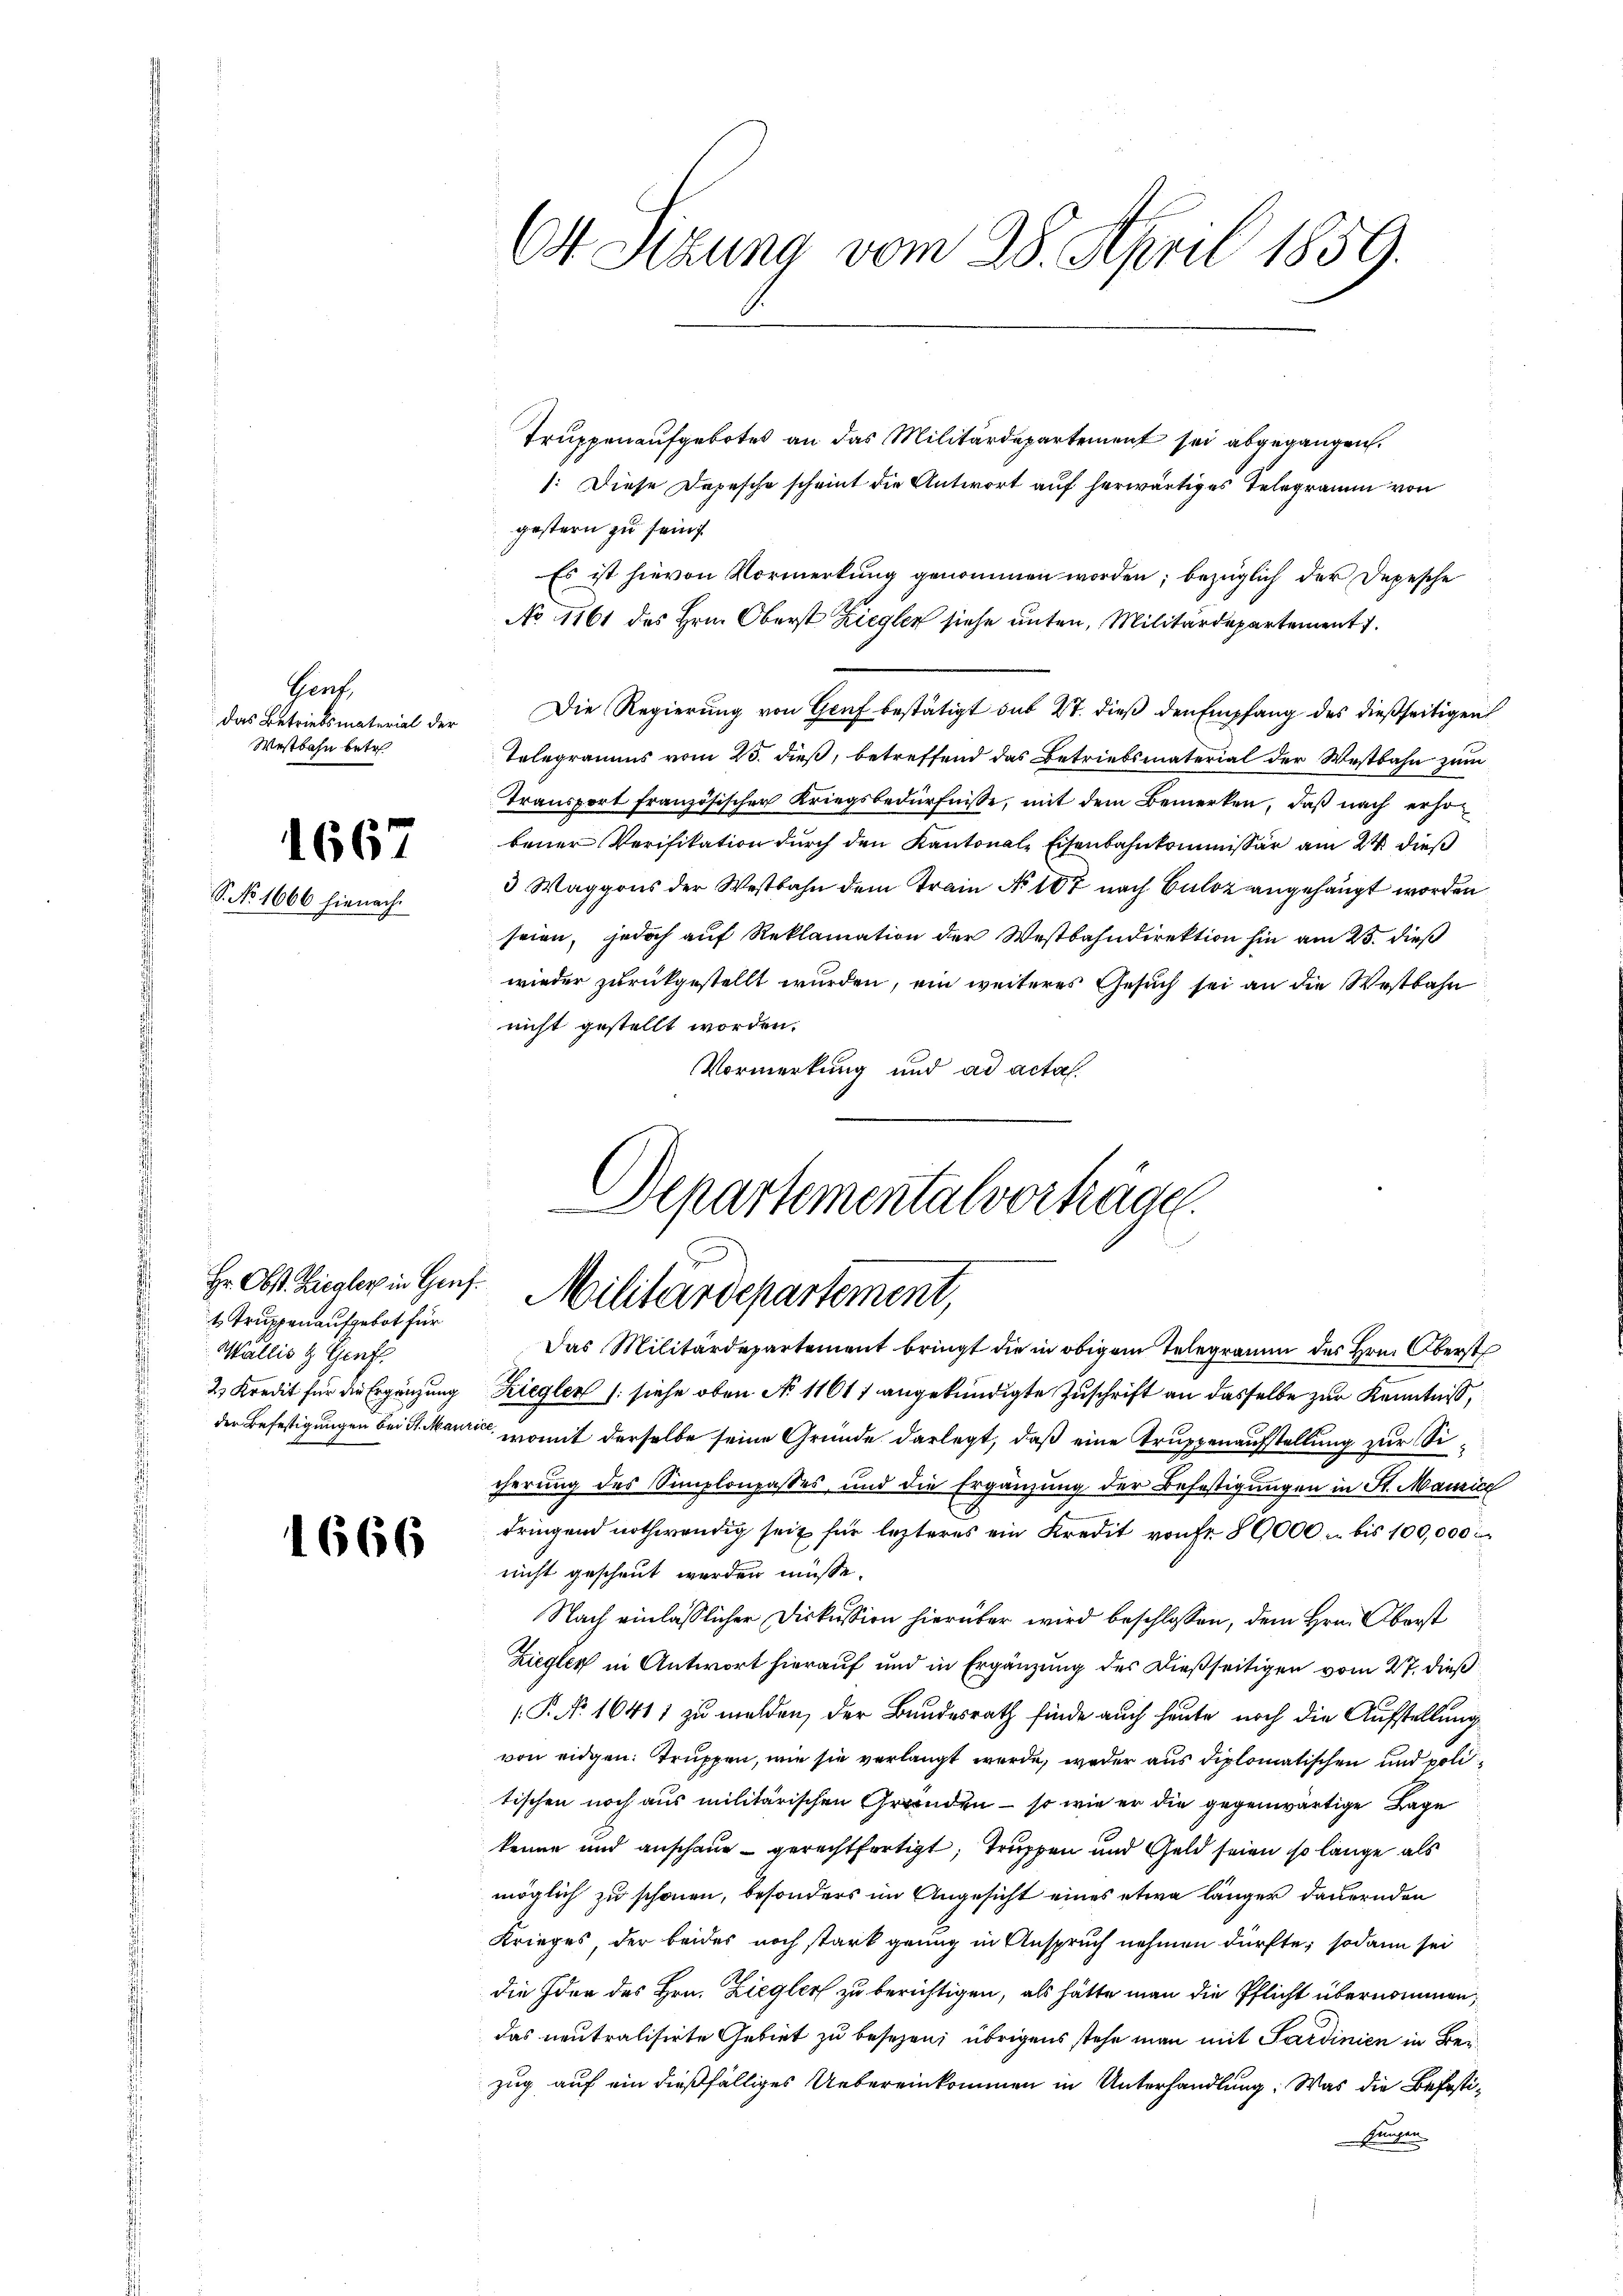
Genf,
das Betriebsmaterial der
Westbahn betr

1667
S. No. 1666 hienach.

Hr. Obst. Ziegler in Genf.
1 Truppenaufgebot für
Wallis & Genf

1666

1: Diese Depesche scheint die Antwort auf herwärtiges Telegramm von
gestern zu sein
Es ist hievon Vormerkung genommen worden; bezüglich der Depesche
No 1161 des Hrn. Oberst Ziegler siehe unten, Militärdepartement.
Die Regierung von Genf bestätigt sub 27. dieß den Empfang des dießseitigen
Telegramms vom 25. dieß, betreffend das Betriebsmaterial der Westbahn zum
Transport französischen Kriegsbedürfnisse, mit dem Bemerken, daß nach erhobener Verifikation durch den Kantonale Eisenbahnkommissär am 24. dieß
3 Waggons der Westbahn dem Train No 107 nach Culoz angehängt worden
seien, jedoch auf Reklamation der Westbahndirektion hin am 23. dieß
wieder zurückgestellt wurden, ein weiteres Gesuch sei an die Westbahn
nicht gestellt worden.
Vormerkung und ad acta.

O4 Sitzung vom 28. April 1859.

Truppenaufgebotes an das Militärdepartement sei abgegangen.

l
Departementalvortrage
Militärdepartement,

Das Militärdepartement bringt die in obigem Telegramm des Hrn. Oberst
2 Kredit für die Ergänzung Ziegler (: siehe oben No 11611 angekündigte Zuschrift an dasselbe zur Kenntniß,
der Befestigungen bei St. Maurice, womit derselbe seine Gründe darlegt, daß eine Truppenaufstellung zur Sicherung des Simplonpasses und die Ergänzung der Befestigungen in St. Maurice
dringend nothwendig seit für lezteres ein Kredit von Fr. 89000 u. bis 100,000 i
nicht geschaut werden müsse.
Nach einlässlicher Diskussion hierüber wird beschlossen, dem Hrn. Oberst
Ziegler in Antwort hierauf und in Ergänzung des dießseitigen vom 27. dieß
P. No 16411 zu melden, der Bundesrath finde auch heute noch die Aufstellung
von eidgen. Truppen, wie sie verlangt werde, weder aus diplomatischen und politischen noch aus militärischen Grunden – so wie er die gegenwärtige Lage
kenne und anschaue gerechtfertigt; Truppen und Geld seien so lange als
möglich zu schonen, besonders im Angesicht eines etwa länger dauernden
Krieges, der beides noch stark genug in Anspruch nehmen dürfte; sodann sei
die Idee des Hrn. Ziegler zu berichtigen, als hätte man die Pflicht übernommen,
das neutralisirte Gebiet zu besezen; übrigens stehe man mit Sardinien in Bezug auf ein dießfälliges Uebereinkommen in Unterhandlung: Was die Befesti¬
Fruchen